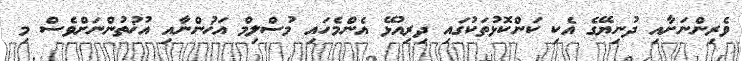
ވެރިންނަށާއި ދުނިޔޭގެ އެކި ކަންކޮޅުތަކުގައި ދިރިއުޅޭ އެންމެހައި މުސްލިމް އަޚުންނާއި އުޚުތުންނަށްވެސް މި